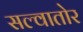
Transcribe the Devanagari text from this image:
सल्वातोर